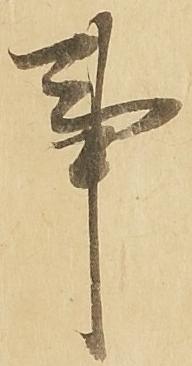
事